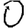
Digit: 0